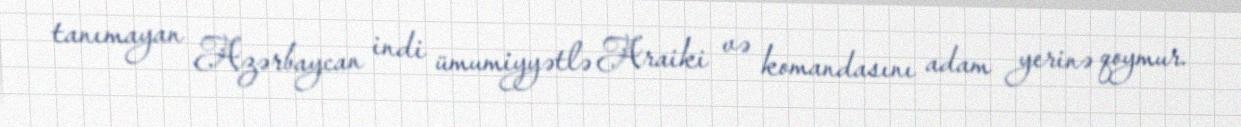
tanımayan Azərbaycan indi ümumiyyətlə Araiki və komandasını adam yerinə qoymur.